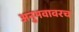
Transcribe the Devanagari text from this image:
अनुभवावरच